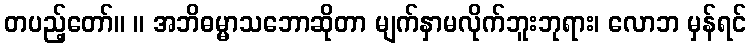
တပည့်တော်။ ။ အဘိဓမ္မာသဘောဆိုတာ မျက်နှာမလိုက်ဘူးဘုရား၊ လောဘ မှန်ရင်